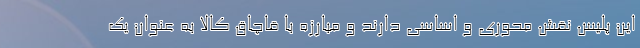
این پلیس نقش محوری و اساسی دارند و مبارزه با قاچاق کالا به عنوان یک